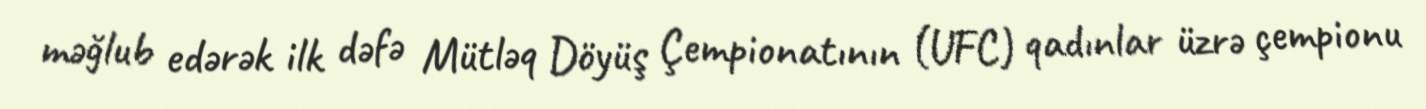
məğlub edərək ilk dəfə Mütləq Döyüş Çempionatının (UFC) qadınlar üzrə çempionu